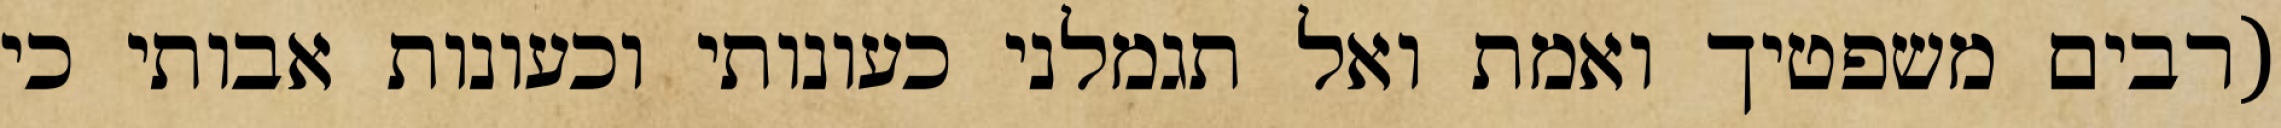
(רבים משפטיך ואמת ואל תגמלני כעונותי וכעונות אבותי כי